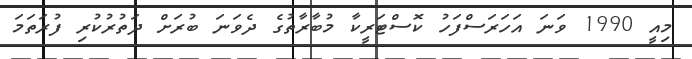
މިއީ 1990 ވަނަ އަހަރަސްފަހު ކޮސްޓަރީކާ މުބާރާތުގެ ދެވަނަ ބުރަށް ދަތުރުކުރި ފުރަތަމަ